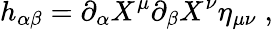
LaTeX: h_{\alpha\beta}=\partial_{\alpha}X^{\mu}\partial_{\beta}X^{\nu}\eta_{\mu\nu}\; ,